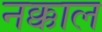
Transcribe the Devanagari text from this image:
नक्काल